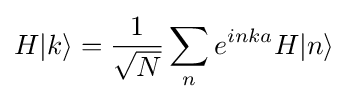
H|k\rangle ={\frac {1}{\sqrt {N}}}\sum _{n}e^{inka}H|n\rangle